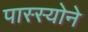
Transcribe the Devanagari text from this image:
पास्स्योने